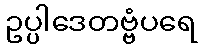
ဥပ္ပါဒေတဗ္ဗံပရေ